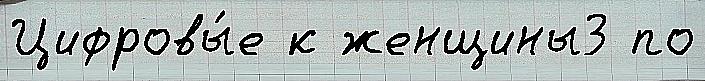
Цифровы́е к женщины3 по